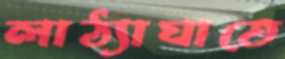
লাঠ্যাঘাতে